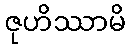
ဇုဟိဿာမိ